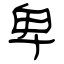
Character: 卑